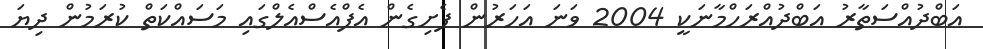
އަބްދުއްސަތާރު އަބްދުއްރަހްމާނަކީ 2004 ވަނަ އަހަރުން ފެށިގެން އެފްއެސްއެލްގައި މަސައްކަތް ކުރަމުން ދިޔަ